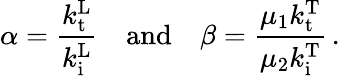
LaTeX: \alpha=\frac{k_{\mathrm{t}}^{\mathrm{L}}}{k_{\mathrm{i}}^{\mathrm{L}}}\quad\mathrm{and}\quad\beta=\frac{\mu_{1}k_{\mathrm{t}}^{\mathrm{T}}}{\mu_{2}k_{\mathrm{i}}^{\mathrm{T}}}\, .